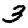
Digit: 3